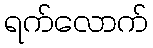
ရက်လောက်